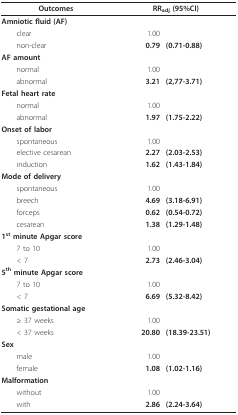
| Outcomes | <COLSPAN=2> RRadj (95%CI) |
 | --- | --- | --- |
 | Amniotic fluid (AF) |  |  |
 | clear | 1.00 |  |
 | non-clear | 0.79 | (0.71-0.88) |
 | AF amount |  |  |
 | normal | 1.00 |  |
 | abnormal | 3.21 | (2,77-3.71) |
 | Fetal heart rate |  |  |
 | normal | 1.00 |  |
 | abnormal | 1.97 | (1.75-2.22) |
 | Onset of labor |  |  |
 | spontaneous | 1.00 |  |
 | elective cesarean | 2.27 | (2.03-2.53) |
 | induction | 1.62 | (1.43-1.84) |
 | Mode of delivery |  |  |
 | spontaneous | 1.00 |  |
 | breech | 4.69 | (3.18-6.91) |
 | forceps | 0.62 | (0.54-0.72) |
 | cesarean | 1.38 | (1.29-1.48) |
 | 1st minute Apgar score |  |  |
 | 7 to 10 | 1.00 |  |
 | < 7 | 2.73 | (2.46-3.04) |
 | 5th minute Apgar score |  |  |
 | 7 to 10 | 1.00 |  |
 | < 7 | 6.69 | (5.32-8.42) |
 | Somatic gestational age |  |  |
 | ≥ 37 weeks | 1.00 |  |
 | < 37 weeks | 20.80 | (18.39-23.51) |
 | Sex |  |  |
 | male | 1.00 |  |
 | female | 1.08 | (1.02-1.16) |
 | Malformation |  |  |
 | without | 1.00 |  |
 | with | 2.86 | (2.24-3.64) |